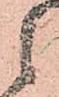
候